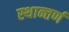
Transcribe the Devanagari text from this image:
स्थान्तर्ण